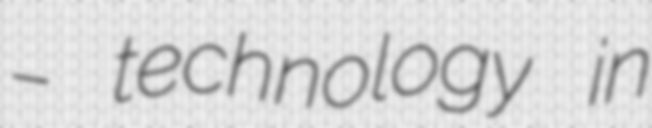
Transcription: – technology in